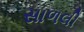
સાળલી